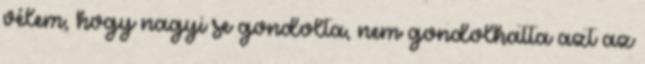
vélem, hogy nagyi se gondolta, nem gondolhatta azt az